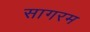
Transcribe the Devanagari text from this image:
सागरम